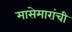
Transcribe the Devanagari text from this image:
मासेमारांची